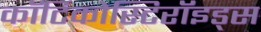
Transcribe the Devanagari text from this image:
कॉर्टिकोस्टिरॉइड्स